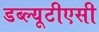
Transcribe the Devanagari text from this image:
डब्ल्यूटीएसी